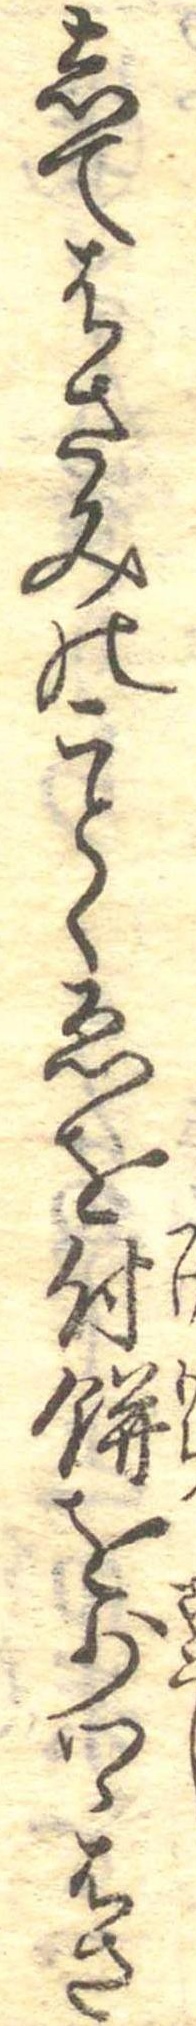
してはさみのことくゑを付餅を少つゝはさ